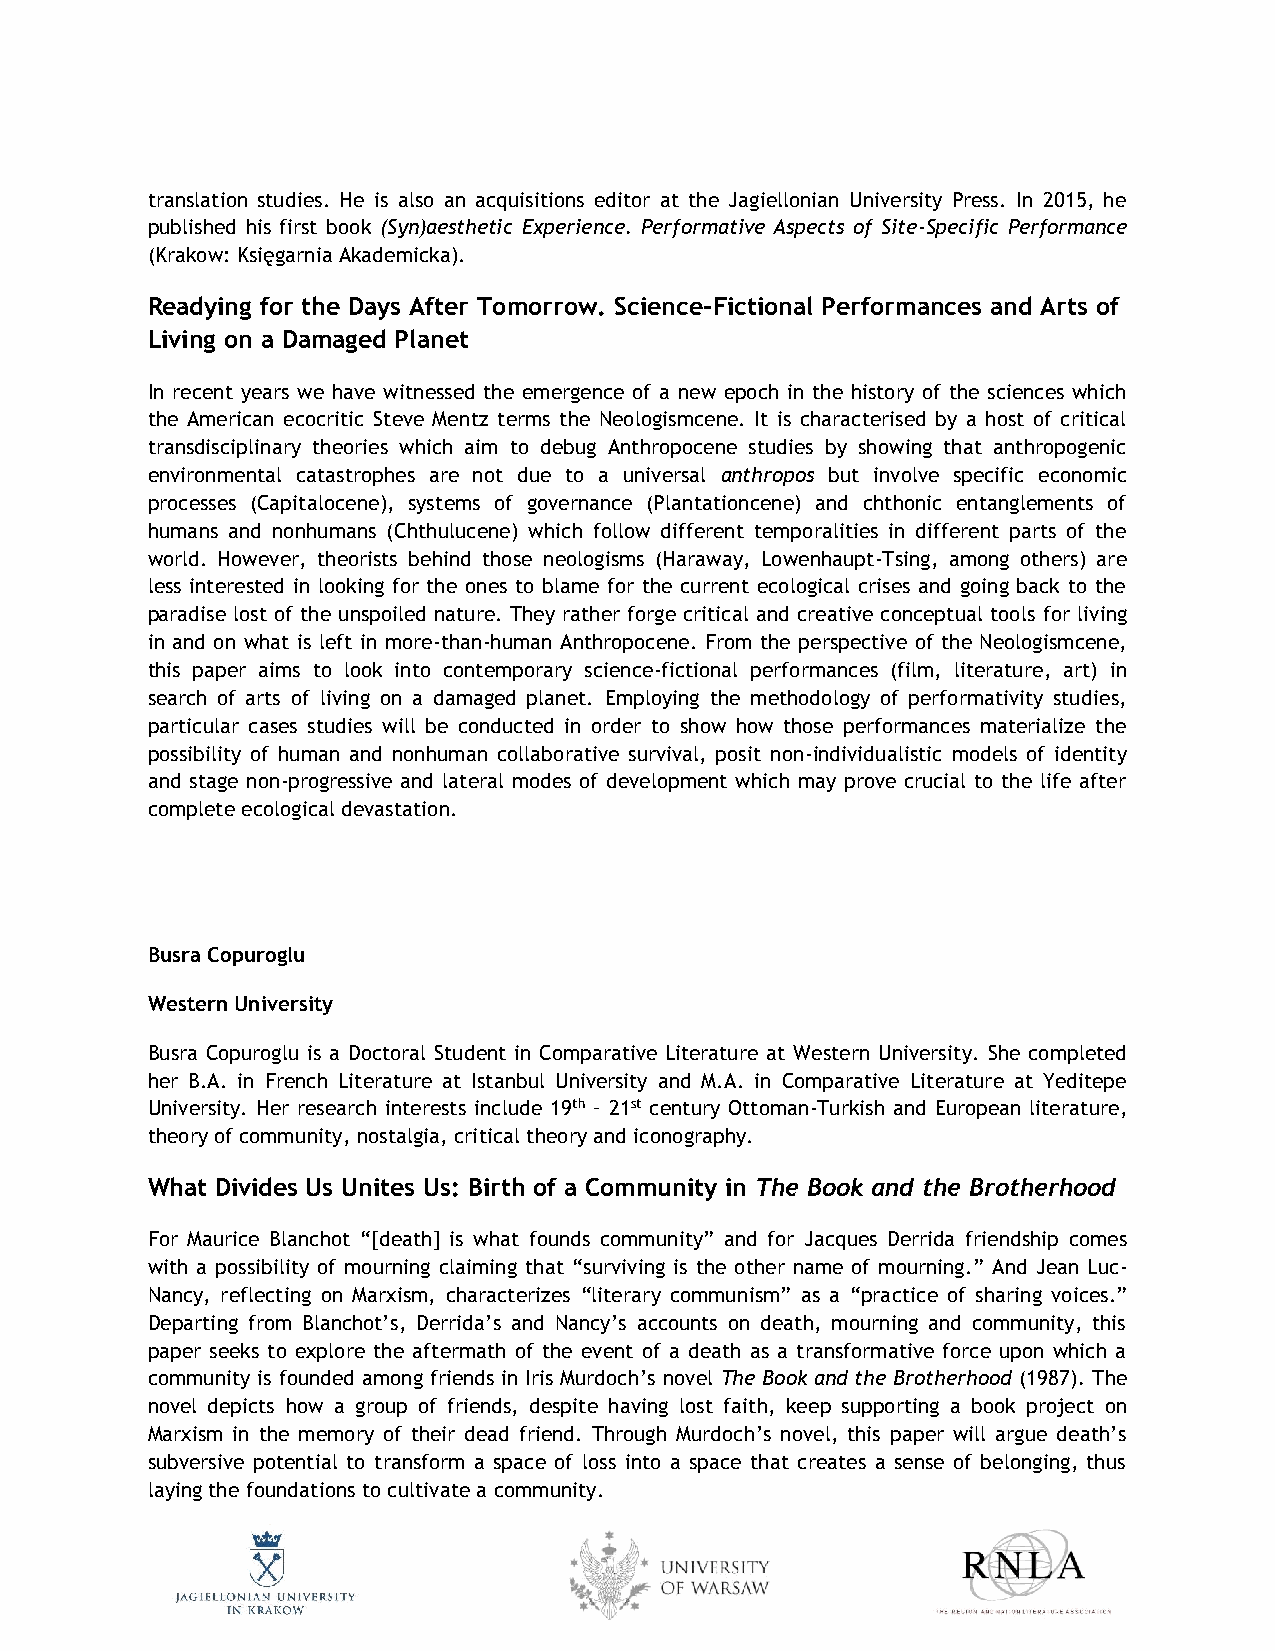
translation studies. He is also an acquisitions editor at the Jagiellonian University Press. In 2015, he
 published his first book (Syn)aesthetic Experience. Performative Aspects of Site-Specific Performance
 (Krakow: Księgarnia Akademicka).
 Readying for the Days After Tomorrow. Science-Fictional Performances and Arts of
 Living on a Damaged Planet
 In recent years we have witnessed the emergence of a new epoch in the history of the sciences which
 the American ecocritic Steve Mentz terms the Neologismcene. It is characterised by a host of critical
 transdisciplinary theories which aim to debug Anthropocene studies by showing that anthropogenic
 environmental catastrophes are not due to a universal anthropos but involve specific economic
 processes (Capitalocene), systems of governance (Plantationcene) and chthonic entanglements of
 humans and nonhumans (Chthulucene) which follow different temporalities in different parts of the
 world. However, theorists behind those neologisms (Haraway, Lowenhaupt-Tsing, among others) are
 less interested in looking for the ones to blame for the current ecological crises and going back to the
 paradise lost of the unspoiled nature. They rather forge critical and creative conceptual tools for living
 in and on what is left in more-than-human Anthropocene. From the perspective of the Neologismcene,
 this paper aims to look into contemporary science-fictional performances (film, literature, art) in
 search of arts of living on a damaged planet. Employing the methodology of performativity studies,
 particular cases studies will be conducted in order to show how those performances materialize the
 possibility of human and nonhuman collaborative survival, posit non-individualistic models of identity
 and stage non-progressive and lateral modes of development which may prove crucial to the life after
 complete ecological devastation.
 Busra Copuroglu
 Western University
 Busra Copuroglu is a Doctoral Student in Comparative Literature at Western University. She completed
 her B.A. in French Literature at Istanbul University and M.A. in Comparative Literature at Yeditepe
 University. Her research interests include 19th – 21st century Ottoman-Turkish and European literature,
 theory of community, nostalgia, critical theory and iconography.
 What Divides Us Unites Us: Birth of a Community in The Book and the Brotherhood
 For Maurice Blanchot “[death] is what founds community” and for Jacques Derrida friendship comes
 with a possibility of mourning claiming that “surviving is the other name of mourning.” And Jean Luc-
 Nancy, reflecting on Marxism, characterizes “literary communism” as a “practice of sharing voices.”
 Departing from Blanchot’s, Derrida’s and Nancy’s accounts on death, mourning and community, this
 paper seeks to explore the aftermath of the event of a death as a transformative force upon which a
 community is founded among friends in Iris Murdoch’s novel The Book and the Brotherhood (1987). The
 novel depicts how a group of friends, despite having lost faith, keep supporting a book project on
 Marxism in the memory of their dead friend. Through Murdoch’s novel, this paper will argue death’s
 subversive potential to transform a space of loss into a space that creates a sense of belonging, thus
 laying the foundations to cultivate a community.